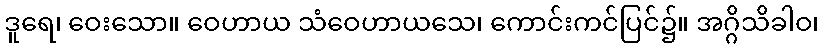
ဒူရေ၊ ဝေးသော။ ဝေဟာယ သံဝေဟာယသေ၊ ကောင်းကင်ပြင်၌။ အဂ္ဂိသိခါဝ၊